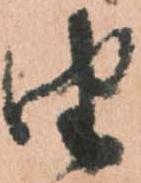
由